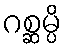
ဂစ္ဆမ္ပိ